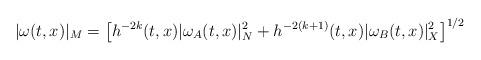
LaTeX: \begin{align*}|\omega(t,x)|_{M}=\bigl[h^{-2k}(t,x)|\omega_{A}(t,x)|_{N}^{2}+h^{-2(k+1)}(t,x)|\omega_{B}(t,x)|_{X}^{2}\bigr]^{1/2}\end{align*}